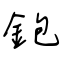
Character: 鉋